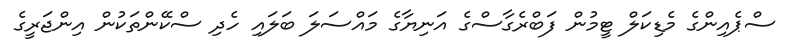
ސްޕެއިންގެ މެޑިކަލް ޓީމުން ފަބްރެގާސްގެ އަނިޔާގެ މައްސަލަ ބަލައި ހެދި ސްކޭންތަކުން އިންޖަރީގެ